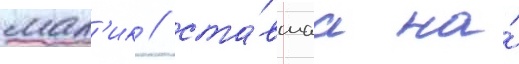
мал'ик / ста́вшаа на́